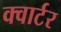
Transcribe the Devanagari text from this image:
क्‍वार्टर